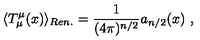
\langle T _ { \mu } ^ { \mu } ( x ) \rangle _ { R e n . } = \frac 1 { ( 4 \pi ) ^ { n / 2 } } a _ { n / 2 } ( x ) \ ,